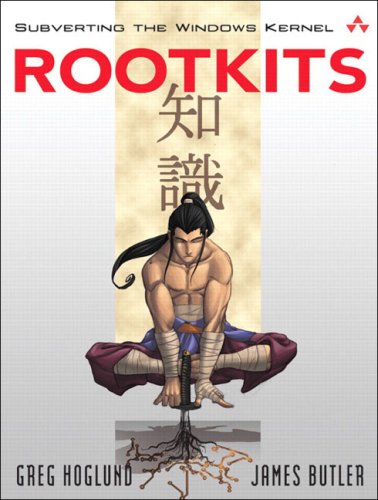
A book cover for Rootkits: Subverting the Windows Kernel; Greg Hoglund; Computers & Technology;